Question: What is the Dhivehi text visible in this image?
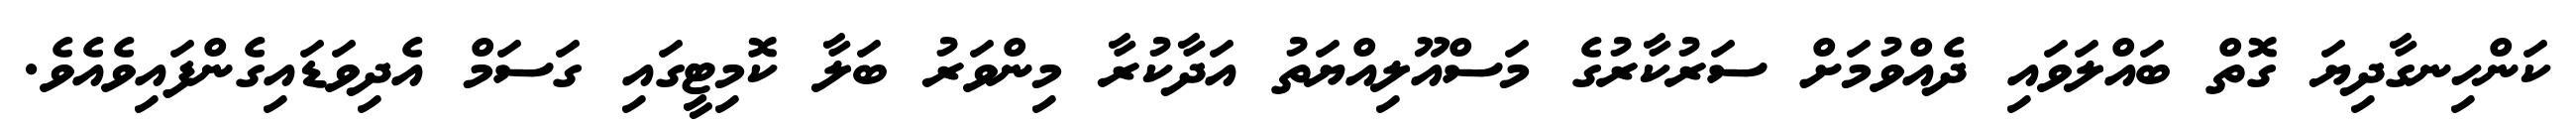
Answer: ކަންހިނގާދިޔަ ގޮތް ބައްލަވައި ދެއްވުމަށް ސަރުކާރުގެ މަސްއޫލިއްޔަތު އަދާކުރާ މިންވަރު ބަލާ ކޮމިޓީގައި ގަސަމް އެދިވަޑައިގެންފައިވެއެވެ.